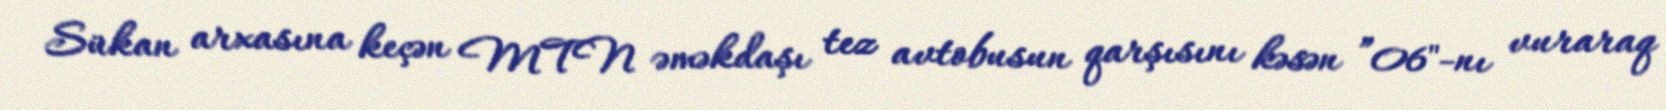
Sükan arxasına keçən MTN əməkdaşı tez avtobusun qarşısını kəsən ”06"-nı vuraraq